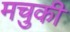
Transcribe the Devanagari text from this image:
मचुकी